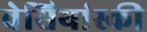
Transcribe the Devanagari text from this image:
वेसियांस्की